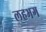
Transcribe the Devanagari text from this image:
लहभग